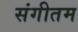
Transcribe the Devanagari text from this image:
संगीतम